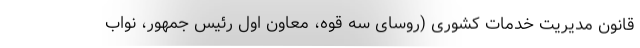
قانون مدیریت خدمات کشوری (روسای سه قوه، معاون اول رئیس جمهور، نواب